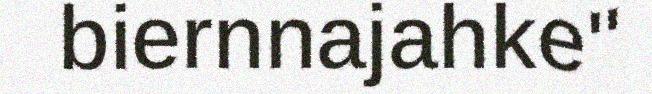
biernnajahke"